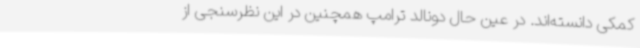
کمکی دانسته‌اند. در عین حال دونالد ترامپ همچنین در این نظرسنجی از